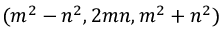
( m ^ { 2 } - n ^ { 2 } , 2 m n , m ^ { 2 } + n ^ { 2 } )